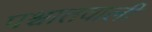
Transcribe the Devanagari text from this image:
पश्चातवाली